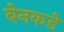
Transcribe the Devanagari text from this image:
बेनकडे